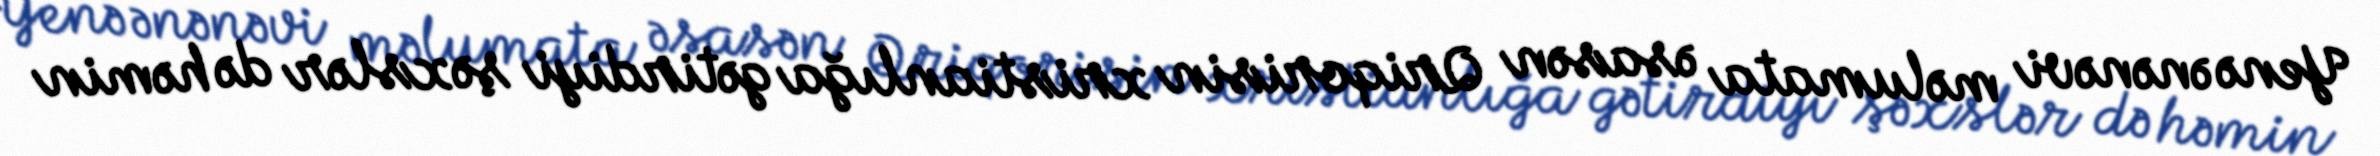
Yenə ənənəvi məlumata əsasən Qriqorisin xristianlığa gətirdiyi şəxslər də həmin